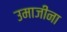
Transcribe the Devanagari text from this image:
उमाजीना